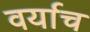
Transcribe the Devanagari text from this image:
वर्याच